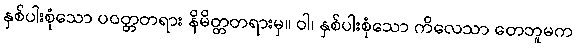
နှစ်ပါးစုံသော ပဝတ္တတရား နိမိတ္တတရားမှ။ ဝါ၊ နှစ်ပါးစုံသော ကိလေသာ တေဘူမက